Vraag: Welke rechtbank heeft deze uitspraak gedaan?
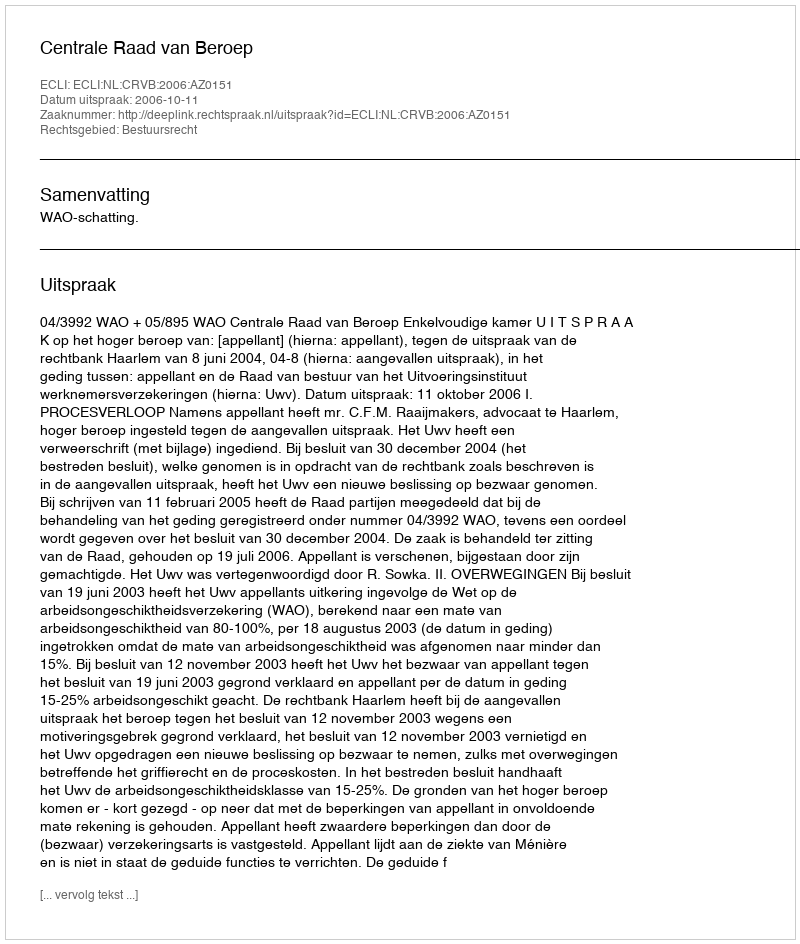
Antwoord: Centrale Raad van Beroep